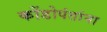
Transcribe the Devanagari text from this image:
कोंडोपंतांना